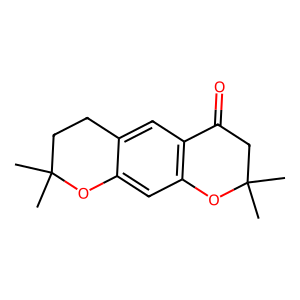
SMILES: CC1(C)CCc2cc3c(cc2O1)OC(C)(C)CC3=O
Inhibits HIV replication: No